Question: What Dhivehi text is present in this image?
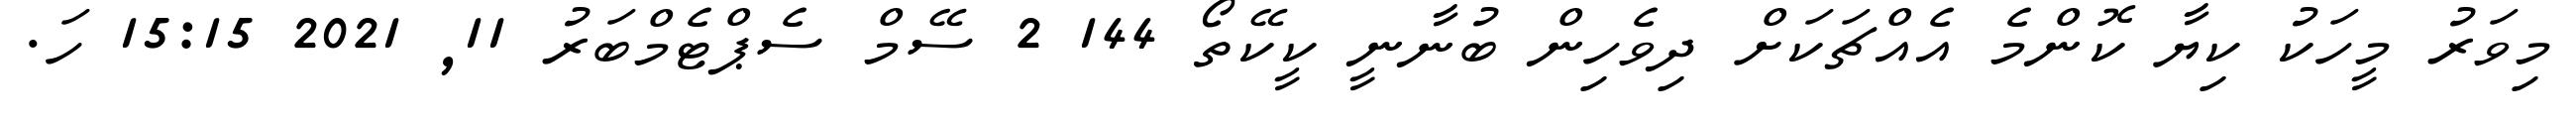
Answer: މިވަރު މީހަކު ކިޔާ ކޮންމެ އެއްޗަކަށް ދިވެހިން ބުނާނީ ކީކޭތޯ 144 2 ސޭމް ސެޕްޓެމްބަރު 11, 2021 15:15 ހަ.